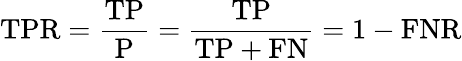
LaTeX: \mathrm{TPR}={\frac{\mathrm{TP}}{\mathrm{P}}}={\frac{\mathrm{TP}}{\mathrm{TP}+\mathrm{FN}}}=1-\mathrm{FNR}